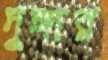
দুঙ্গার